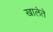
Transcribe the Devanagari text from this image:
खालेते